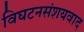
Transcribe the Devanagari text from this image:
विघटनसंशयवाद